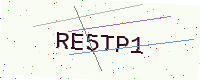
Text: RE5TP1